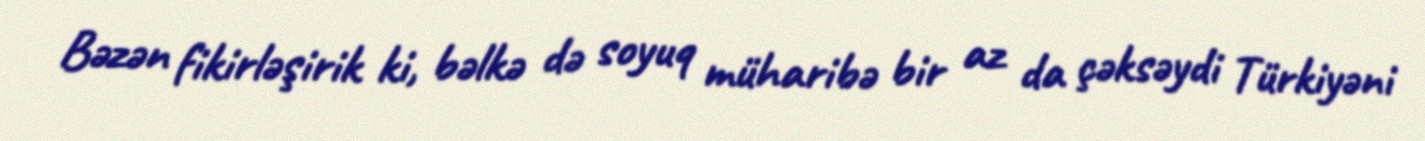
Bəzən fikirləşirik ki, bəlkə də soyuq müharibə bir az da çəksəydi Türkiyəni